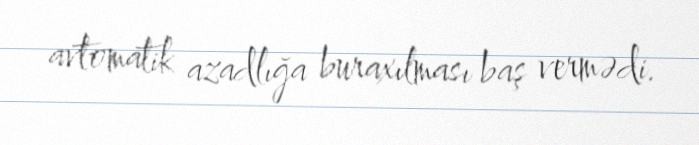
avtomatik azadlığa buraxılması baş vermədi.